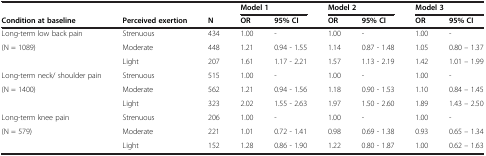
|  |  |  | <COLSPAN=2> Model 1 | <COLSPAN=2> Model 2 | <COLSPAN=2> Model 3 |
 | Condition at baseline | Perceived exertion | N | OR | 95% CI | OR | 95% CI | OR | 95% CI |
 | --- | --- | --- | --- | --- | --- | --- | --- | --- |
 | Long-term low back pain | Strenuous | 434 | 1.00 | - | 1.00 | - | 1.00 | - |
 | (N = 1089) | Moderate | 448 | 1.21 | 0.94 - 1.55 | 1.14 | 0.87 - 1.48 | 1.05 | 0.80 – 1.37 |
 |  | Light | 207 | 1.61 | 1.17 - 2.21 | 1.57 | 1.13 - 2.19 | 1.42 | 1.01 – 1.99 |
 | Long-term neck/ shoulder pain | Strenuous | 515 | 1.00 | - | 1.00 | - | 1.00 | - |
 | (N = 1400) | Moderate | 562 | 1.21 | 0.94 - 1.56 | 1.18 | 0.90 - 1.53 | 1.10 | 0.84 – 1.45 |
 |  | Light | 323 | 2.02 | 1.55 - 2.63 | 1.97 | 1.50 - 2.60 | 1.89 | 1.43 – 2.50 |
 | Long-term knee pain | Strenuous | 206 | 1.00 | - | 1.00 | - | 1.00 | - |
 | (N = 579) | Moderate | 221 | 1.01 | 0.72 - 1.41 | 0.98 | 0.69 - 1.38 | 0.93 | 0.65 – 1.34 |
 |  | Light | 152 | 1.28 | 0.86 - 1.90 | 1.22 | 0.80 - 1.87 | 1.00 | 0.62 – 1.63 |